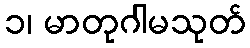
၁၊ မာတုဂါမသုတ်